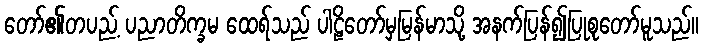
တော်၏တပည့် ပညာတိက္ခမ ထေရ်သည် ပါဠိတော်မှမြန်မာသို့ အနက်ပြန်၍ပြုစုတော်မူသည်။